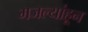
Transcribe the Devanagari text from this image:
मजल्यांहून